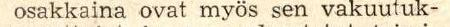
osakkaina ovat myös sen vakuutuk-